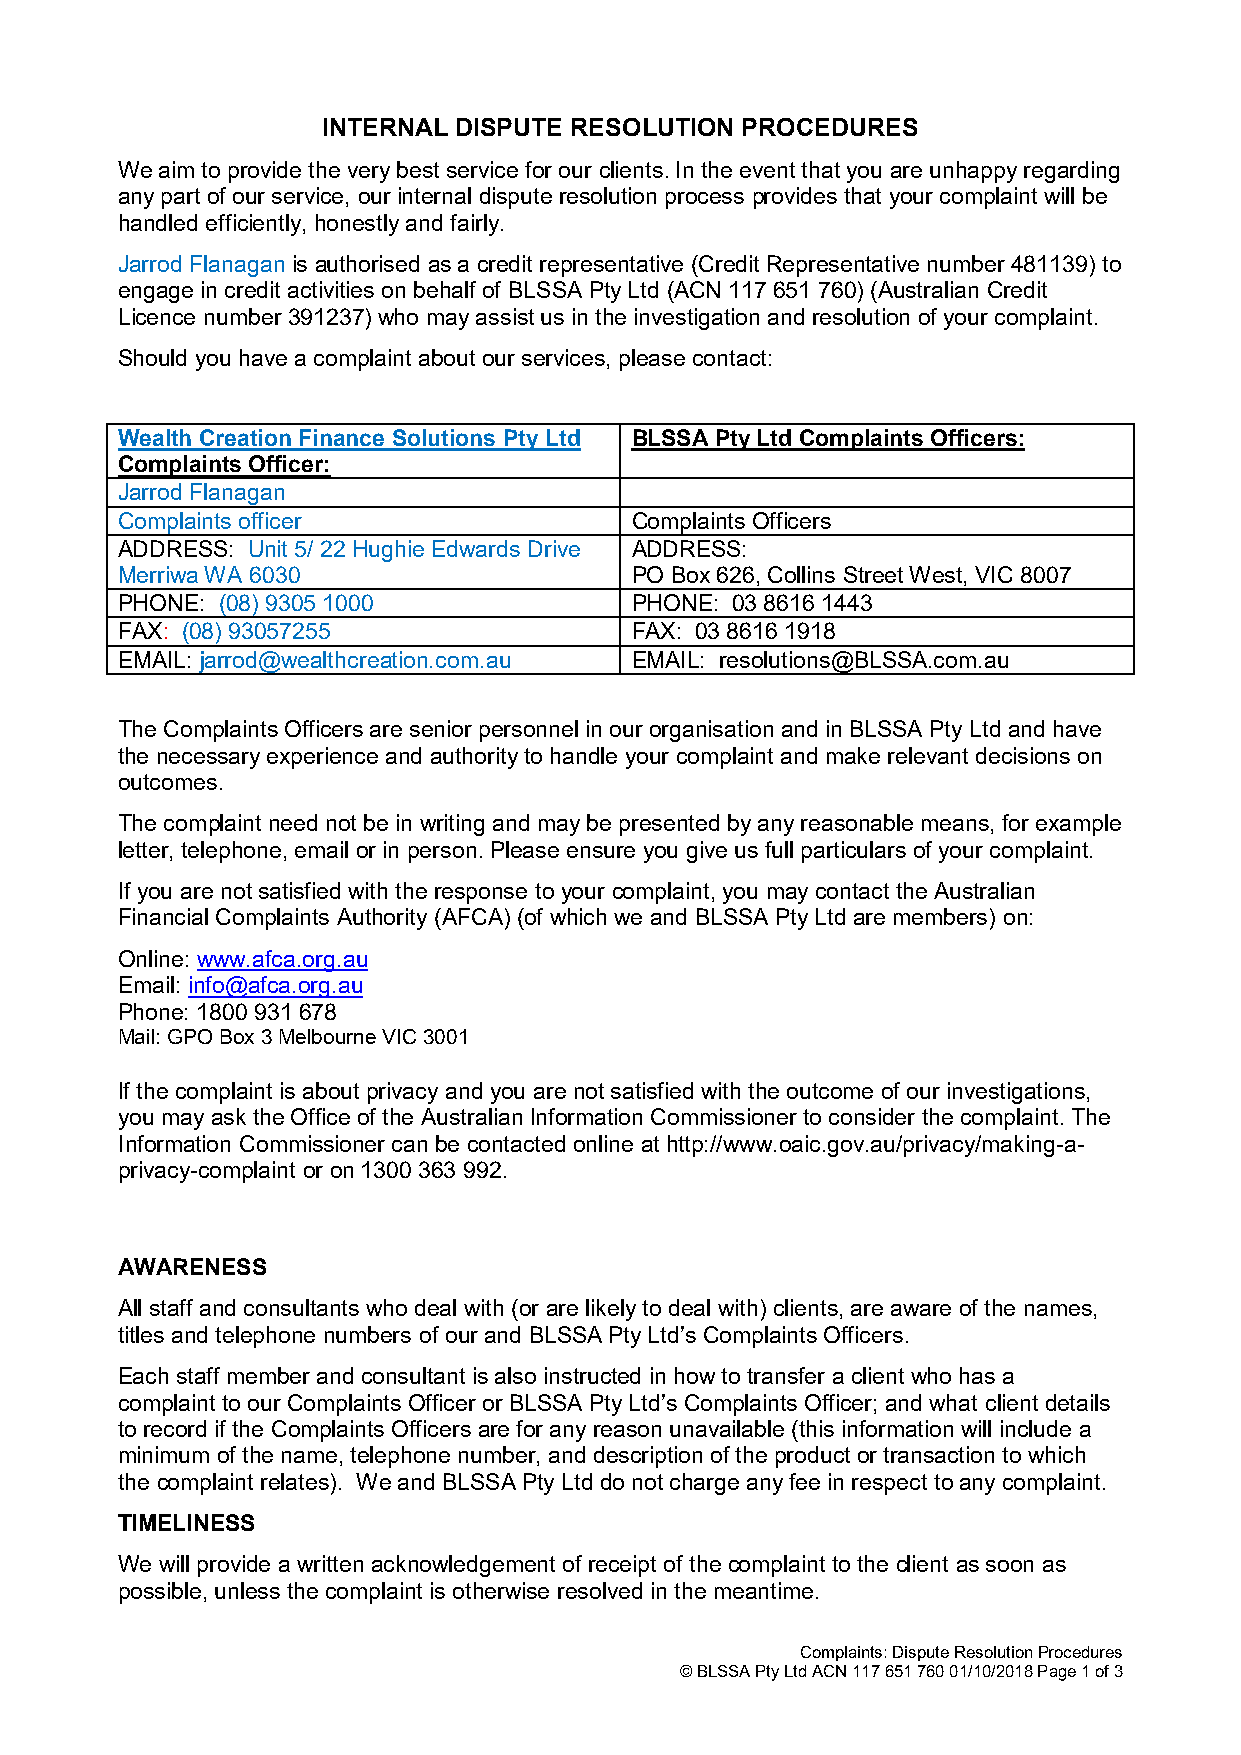
INTERNAL DISPUTE RESOLUTION PROCEDURES
 We aim to provide the very best service for our clients. In the event that you are unhappy regarding
 any part of our service, our internal dispute resolution process provides that your complaint will be
 handled efficiently, honestly and fairly.
 Jarrod Flanagan is authorised as a credit representative (Credit Representative number 481139) to
 engage in credit activities on behalf of BLSSA Pty Ltd (ACN 117 651 760) (Australian Credit
 Licence number 391237) who may assist us in the investigation and resolution of your complaint.
 Should you have a complaint about our services, please contact:
 Wealth Creation Finance Solutions Pty Ltd BLSSA Pty Ltd Complaints Officers:
 Complaints Officer:
 Jarrod Flanagan
 Complaints officer                Complaints Officers
 ADDRESS: Unit 5/ 22 Hughie Edwards Drive ADDRESS:
 Merriwa WA 6030                   PO Box 626, Collins Street West, VIC 8007
 PHONE: (08) 9305 1000             PHONE: 03 8616 1443
 FAX: (08) 93057255                FAX: 03 8616 1918
 EMAIL: jarrod@wealthcreation.com.au EMAIL: resolutions@BLSSA.com.au
 The Complaints Officers are senior personnel in our organisation and in BLSSA Pty Ltd and have
 the necessary experience and authority to handle your complaint and make relevant decisions on
 outcomes.
 The complaint need not be in writing and may be presented by any reasonable means, for example
 letter, telephone, email or in person. Please ensure you give us full particulars of your complaint.
 If you are not satisfied with the response to your complaint, you may contact the Australian
 Financial Complaints Authority (AFCA) (of which we and BLSSA Pty Ltd are members) on:
 Online: www.afca.org.au
 Email: info@afca.org.au
 Phone: 1800 931 678
 Mail: GPO Box 3 Melbourne VIC 3001
 If the complaint is about privacy and you are not satisfied with the outcome of our investigations,
 you may ask the Office of the Australian Information Commissioner to consider the complaint. The
 Information Commissioner can be contacted online at http://www.oaic.gov.au/privacy/making-a-
 privacy-complaint or on 1300 363 992.
 AWARENESS
 All staff and consultants who deal with (or are likely to deal with) clients, are aware of the names,
 titles and telephone numbers of our and BLSSA Pty Ltd’s Complaints Officers.
 Each staff member and consultant is also instructed in how to transfer a client who has a
 complaint to our Complaints Officer or BLSSA Pty Ltd’s Complaints Officer; and what client details
 to record if the Complaints Officers are for any reason unavailable (this information will include a
 minimum of the name, telephone number, and description of the product or transaction to which
 the complaint relates). We and BLSSA Pty Ltd do not charge any fee in respect to any complaint.
 TIMELINESS
 We will provide a written acknowledgement of receipt of the complaint to the client as soon as
 possible, unless the complaint is otherwise resolved in the meantime.
 Complaints: Dispute Resolution Procedures
 © BLSSA Pty Ltd ACN 117 651 760 01/10/2018 Page 1 of 3